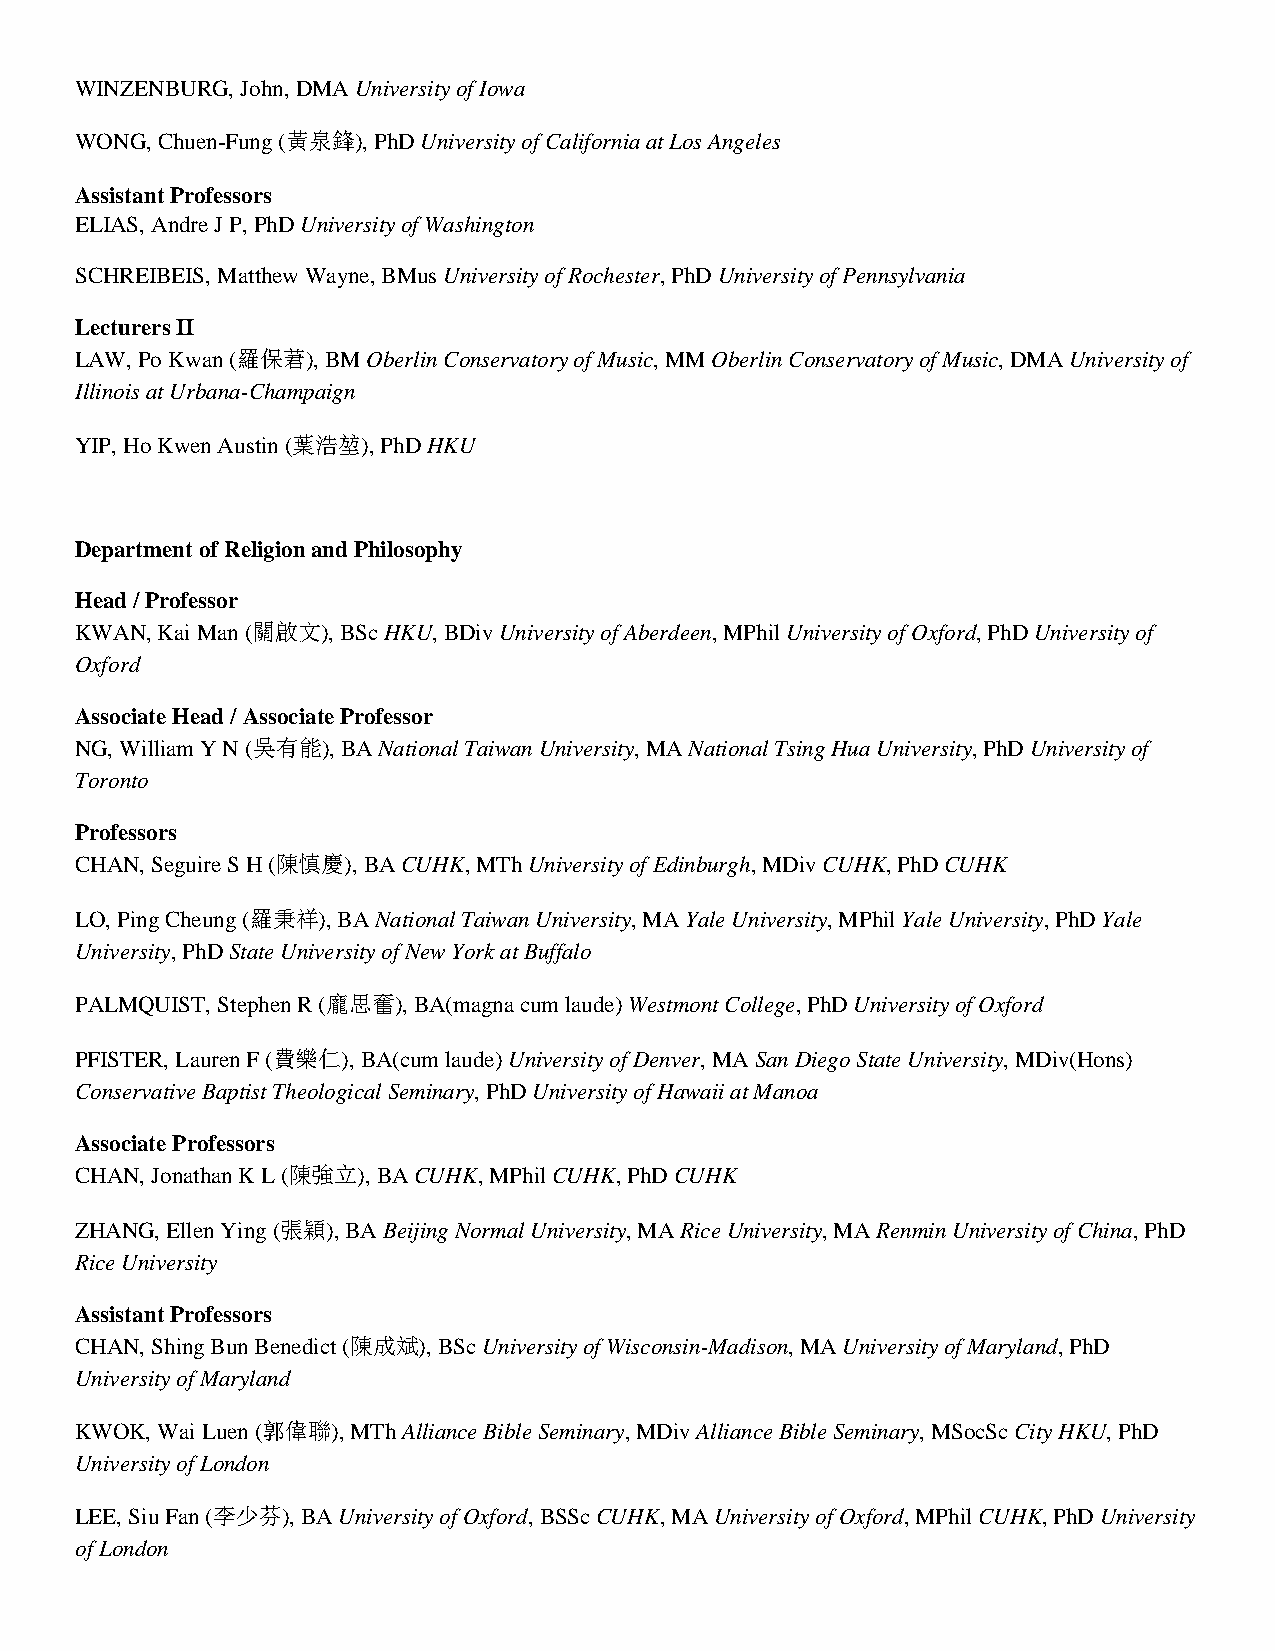
WINZENBURG, John, DMA University of Iowa
 WONG, Chuen-Fung (黃泉鋒), PhD University of California at Los Angeles
 Assistant Professors
 ELIAS, Andre J P, PhD University of Washington
 SCHREIBEIS, Matthew Wayne, BMus University of Rochester, PhD University of Pennsylvania
 Lecturers II
 LAW, Po Kwan (羅保莙), BM Oberlin Conservatory of Music, MM Oberlin Conservatory of Music, DMA University of
 Illinois at Urbana-Champaign
 YIP, Ho Kwen Austin (葉浩堃), PhD HKU
 Department of Religion and Philosophy
 Head / Professor
 KWAN, Kai Man (關啟文), BSc HKU, BDiv University of Aberdeen, MPhil University of Oxford, PhD University of
 Oxford
 Associate Head / Associate Professor
 NG, William Y N (吳有能), BA National Taiwan University, MA National Tsing Hua University, PhD University of
 Toronto
 Professors
 CHAN, Seguire S H (陳慎慶), BA CUHK, MTh University of Edinburgh, MDiv CUHK, PhD CUHK
 LO, Ping Cheung (羅秉祥), BA National Taiwan University, MA Yale University, MPhil Yale University, PhD Yale
 University, PhD State University of New York at Buffalo
 PALMQUIST, Stephen R (龐思奮), BA(magna cum laude) Westmont College, PhD University of Oxford
 PFISTER, Lauren F (費樂仁), BA(cum laude) University of Denver, MA San Diego State University, MDiv(Hons)
 Conservative Baptist Theological Seminary, PhD University of Hawaii at Manoa
 Associate Professors
 CHAN, Jonathan K L (陳強立), BA CUHK, MPhil CUHK, PhD CUHK
 ZHANG, Ellen Ying (張穎), BA Beijing Normal University, MA Rice University, MA Renmin University of China, PhD
 Rice University
 Assistant Professors
 CHAN, Shing Bun Benedict (陳成斌), BSc University of Wisconsin-Madison, MA University of Maryland, PhD
 University of Maryland
 KWOK, Wai Luen (郭偉聯), MTh Alliance Bible Seminary, MDiv Alliance Bible Seminary, MSocSc City HKU, PhD
 University of London
 LEE, Siu Fan (李少芬), BA University of Oxford, BSSc CUHK, MA University of Oxford, MPhil CUHK, PhD University
 of London